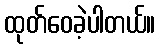
ထုတ်ဝေခဲ့ပါတယ်။